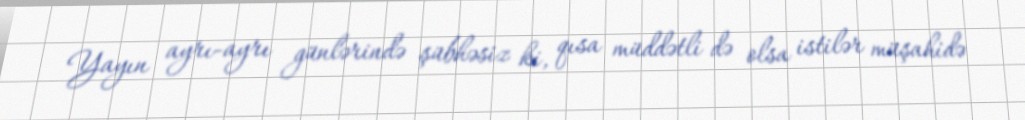
Yayın ayrı-ayrı günlərində şübhəsiz ki, qısa müddətli də olsa istilər müşahidə